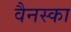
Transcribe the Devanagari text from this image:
वैनस्का